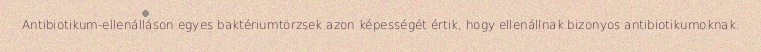
Antibiotikum-ellenálláson egyes baktériumtörzsek azon képességét értik, hogy ellenállnak bizonyos antibiotikumoknak.